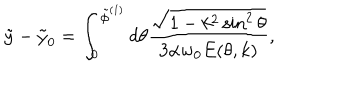
\tilde { y } - \tilde { y } _ { 0 } = \int _ { 0 } ^ { \tilde { \phi } ^ { ( 1 ) } } d \theta { \frac { \sqrt { 1 - k ^ { 2 } \sin ^ { 2 } \theta } } { 3 \alpha w _ { 0 } E ( \theta , k ) } } ,